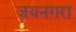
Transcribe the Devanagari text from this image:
जयनगरा